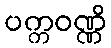
ပက္ကဝဏ္ဏိ